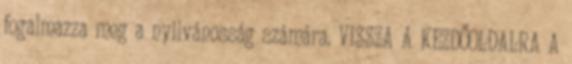
fogalmazza meg a nyilvánosság számára. VISSZA A KEZDŐOLDALRA A